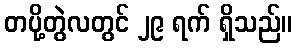
တပို့တွဲလတွင် ၂၉ ရက် ရှိသည်။